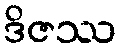
ဒိဇဿ